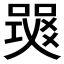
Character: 𤕧